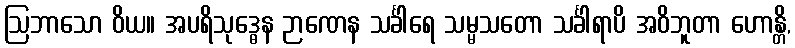
ဩဘာသော ဝိယ။ အပရိသုဒ္ဓေန ဉာဏေန သင်္ခါရေ သမ္မသတော သင်္ခါရာပိ အဝိဘူတာ ဟောန္တိ,